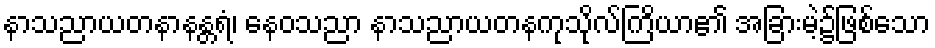
နာသညာယတနာနန္တရံ၊ နေဝသညာ နာသညာယတနကုသိုလ်ကြိယာ၏ အခြားမဲ့၌ဖြစ်သော